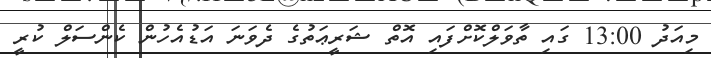
މިއަދު 13:00 ގައި ތާވަލްކޮށްފައި އޮތް ޝަރީޢަތުގެ ދެވަނަ އަޑުއެހުން ކެންސަލް ކުރީ